Report of the Lahore Medical School Hospital
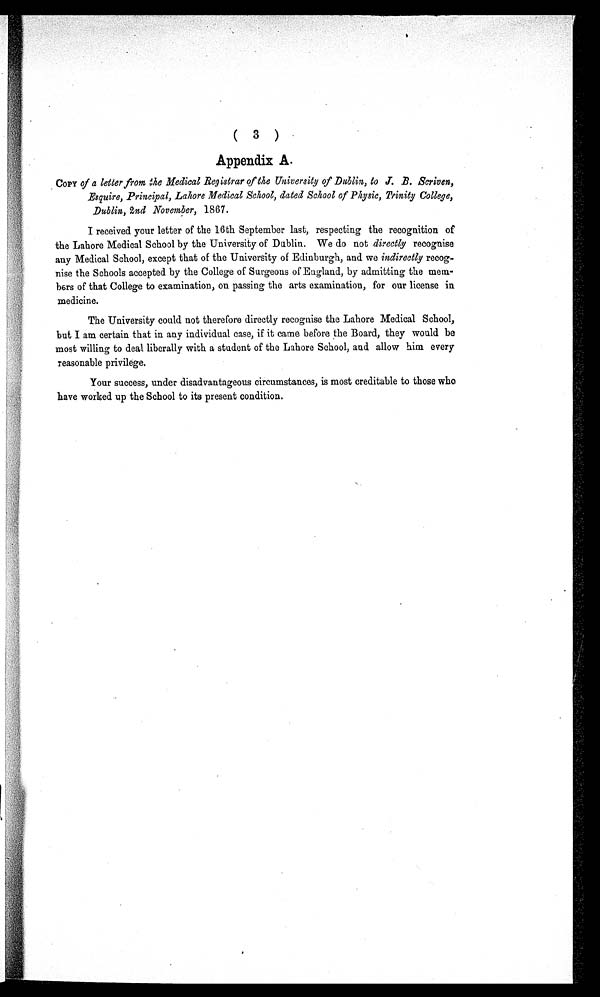
(3)
Appendix A.
C O P Y
o f a l e t t e r f r o m t h e M e d i c a l R e g i s t r a r o f t h e U n i v e r s i t y o f D u b l i n , t o J . B . S c r i v e n ,
Esquire, Principal, Lahore Medical School, dated School of Physic, Trinity College,
Dublin, 2nd November, 1867.
I received your letter of the 16th September last, respecting the recognition of
the Lahore Medical School by the University of Dublin. We do not directly recognise
any Medical School, except that of the University of Edinburgh, and we indirectly recog
¬nise the Schools accepted by the College of Surgeons of England, by admitting the mem-
bers of that College to examination, on passing the arts examination, for our license in
medicine.
The University could not therefore directly recognise the Lahore Medical School,
but I am certain that in any individual case, if it came before the Board, they would be
most willing to deal liberally with a student of the Lahore School, and allow him every
reasonable privilege.
Your success, under disadvantageous circumstances, is most creditable to those who
have worked up the School to its present condition.